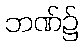
ဘဏ်၌